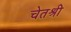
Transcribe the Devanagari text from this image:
चेतश्री